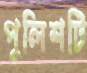
পুলিশটি